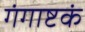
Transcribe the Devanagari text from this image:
गंगाष्टकं